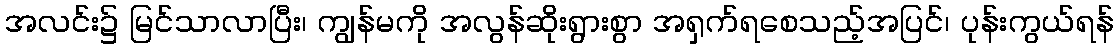
အလင်း၌ မြင်သာလာပြီး၊ ကျွန်မကို အလွန်ဆိုးရွားစွာ အရှက်ရစေသည့်အပြင်၊ ပုန်းကွယ်ရန်